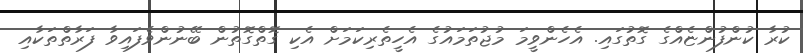
ކުރާ ކުންފުންޏެއްގެ ގޮތުގައި. އެހެންވީމަ މުޖުތަމައުގެ އެހީތެރިކަމަށް އެކި ގޮތްގޮތުން ބޭނުންވެފައިވާ ފަރާތްތަކާއި